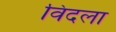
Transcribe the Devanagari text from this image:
विदला